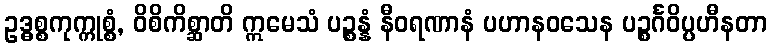
ဥဒ္ဓစ္စကုက္ကုစ္စံ, ဝိစိကိစ္ဆာတိ ဣမေသံ ပဉ္စန္နံ နီဝရဏာနံ ပဟာနဝသေန ပဉ္စင်္ဂဝိပ္ပဟီနတာ